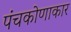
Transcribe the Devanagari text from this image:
पंचकोणाकार